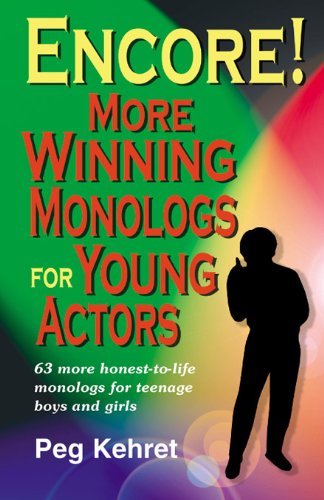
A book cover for Encore!: More Winning Monologs for Young Actors: 63 More Honest-To-Life Monologs for Teenage Boys and Girls; Peg Kehret; Teen & Young Adult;